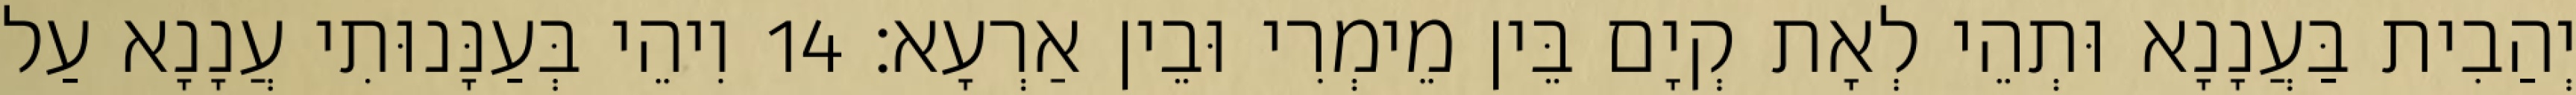
יְהַבִית בַּעֲנָנָא וּתְהֵי לְאָת קְיָם בֵּין מֵימְרִי וּבֵין אַרְעָא׃ 14 וִיהֵי בְּעַנָּנוּתִי עֲנָנָא עַל